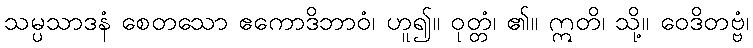
သမ္ပသာဒနံ စေတသော ဧကောဒိဘာဝံ၊ ဟူ၍။ ဝုတ္တံ၊ ၏။ ဣတိ၊ သို့။ ဝေဒိတဗ္ဗံ၊